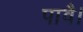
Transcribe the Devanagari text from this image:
पावै।